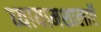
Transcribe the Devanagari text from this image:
व्यायामशालाऍ